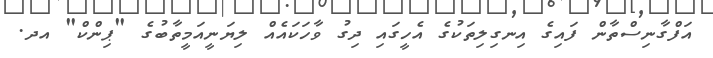
އަފްގާނިސްތާން ފައިގެ އިނގިލިތަކުގެ އެހީގައި ދިގު ވާހަކައެއް ލިޔަނީއަމީތާބުގެ "ޕިންކް" އދ.